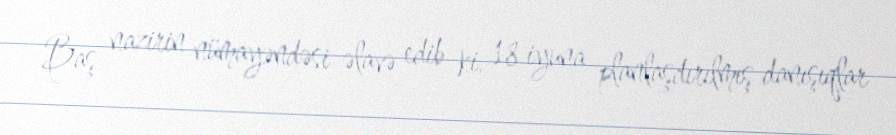
Baş nazirin nümayəndəsi əlavə edib ki, 18 iyuna planlaşdırılmış danışıqlar